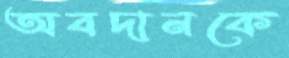
অবদানকে